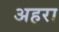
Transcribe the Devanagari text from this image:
अहरा